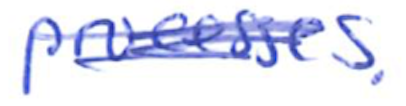
Text: processes.
Cross-out: scratch
Writing tool: ballpoint